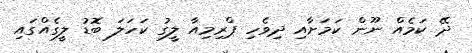
ދޭ ކަމެއް ނޫން ކަމަށާއި ދިވެހި ޕްރިމިއާ ލީގު ކަހަލަ ބޮޑު ލީގެއްގައި